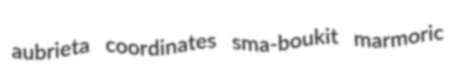
aubrieta coordinates sma-boukit marmoric